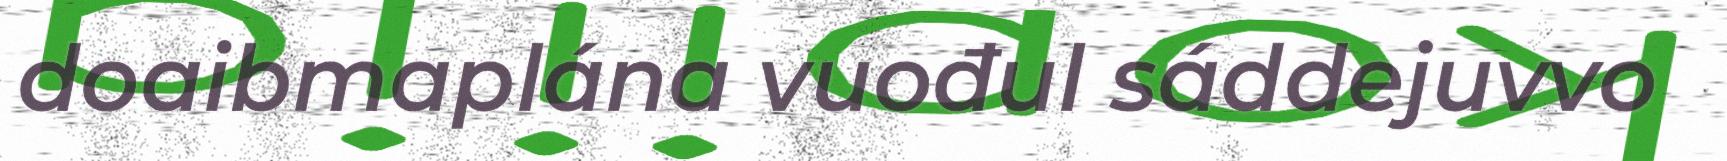
doaibmaplána vuođul sáddejuvvo